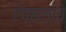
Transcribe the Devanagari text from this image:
ऍव्हलांच